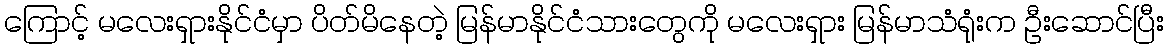
ကြောင့် မလေးရှားနိုင်ငံမှာ ပိတ်မိနေတဲ့ မြန်မာနိုင်ငံသားတွေကို မလေးရှား မြန်မာသံရုံးက ဦးဆောင်ပြီး